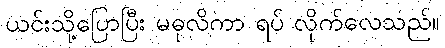
ယင်းသို့ပြောပြီး မဓုလိကာ ရပ် လိုက်လေသည်။